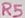
Text: R5